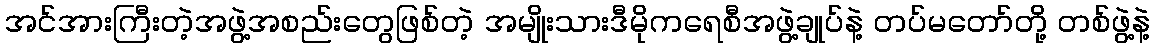
အင်အားကြီးတဲ့အဖွဲ့အစည်းတွေဖြစ်တဲ့ အမျိုးသားဒီမိုကရေစီအဖွဲ့ချုပ်နဲ့ တပ်မတော်တို့ တစ်ဖွဲ့နဲ့